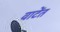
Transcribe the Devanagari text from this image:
वाटेंत